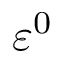
\varepsilon ^ { 0 }